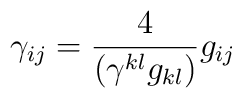
\gamma_{ij} = \frac{4}{(\gamma^{kl}g_{kl})}g_{ij}